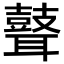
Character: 𦗺